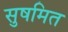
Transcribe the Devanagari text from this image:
सुषमित